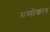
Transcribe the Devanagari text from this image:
प्रमोश्नल